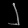
Digit: ၂